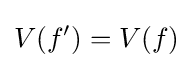
V(f')=V(f)